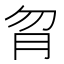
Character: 𦙑